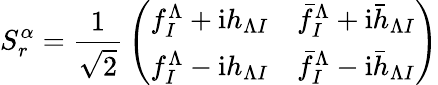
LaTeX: S_{r}^{\alpha}={\frac{1}{\sqrt{2}}}\left(\begin{array}{ll}{{f_{I}^{\Lambda}+\mathrm{i}h_{\Lambda I}}}&{{\bar{f}_{I}^{\Lambda}+\mathrm{i}\bar{h}_{\Lambda I}}}\\ {{f_{I}^{\Lambda}-\mathrm{i}h_{\Lambda I}}}&{{\bar{f}_{I}^{\Lambda}-\mathrm{i}\bar{h}_{\Lambda I}}}\end{array}\right)